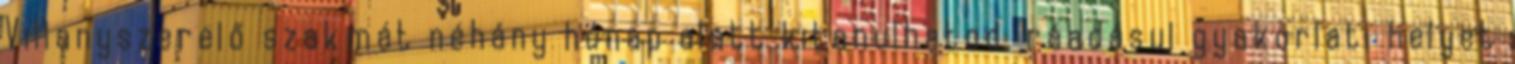
Villanyszerelő szakmát néhány hónap alatt kitanulhatod, ráadásul gyakorlati helyet